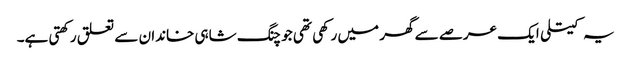
یہ کیتلی ایک عرصے سے گھر میں رکھی تھی جو چنگ شاہی خاندان سے تعلق رکھتی ہے۔